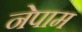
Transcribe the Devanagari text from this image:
नेपाम